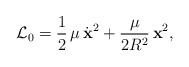
\begin{align*}{\cal L}_{0}=\frac{1}{2}\,\mu\,\dot{\bf x}^{2}+\frac{\mu}{2R^{2}}\,{\bf x}^{2},\end{align*}